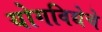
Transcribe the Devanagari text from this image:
योगविद्येचे